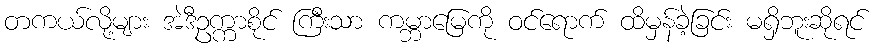
တကယ်လို့များ အဲဒီဥက္ကာစိုင် ကြီးသာ ကမ္ဘာမြေကို ဝင်ရောက် ထိမှန်ခဲ့ခြင်း မရှိဘူးဆိုရင်